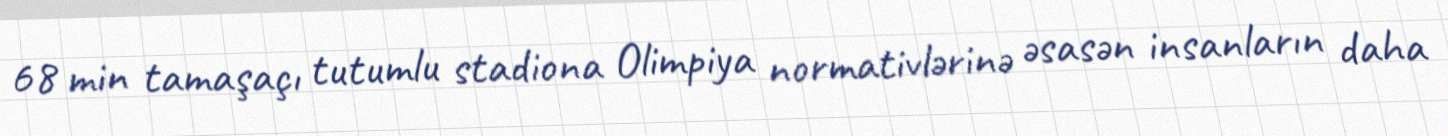
68 min tamaşaçı tutumlu stadiona Olimpiya normativlərinə əsasən insanların daha